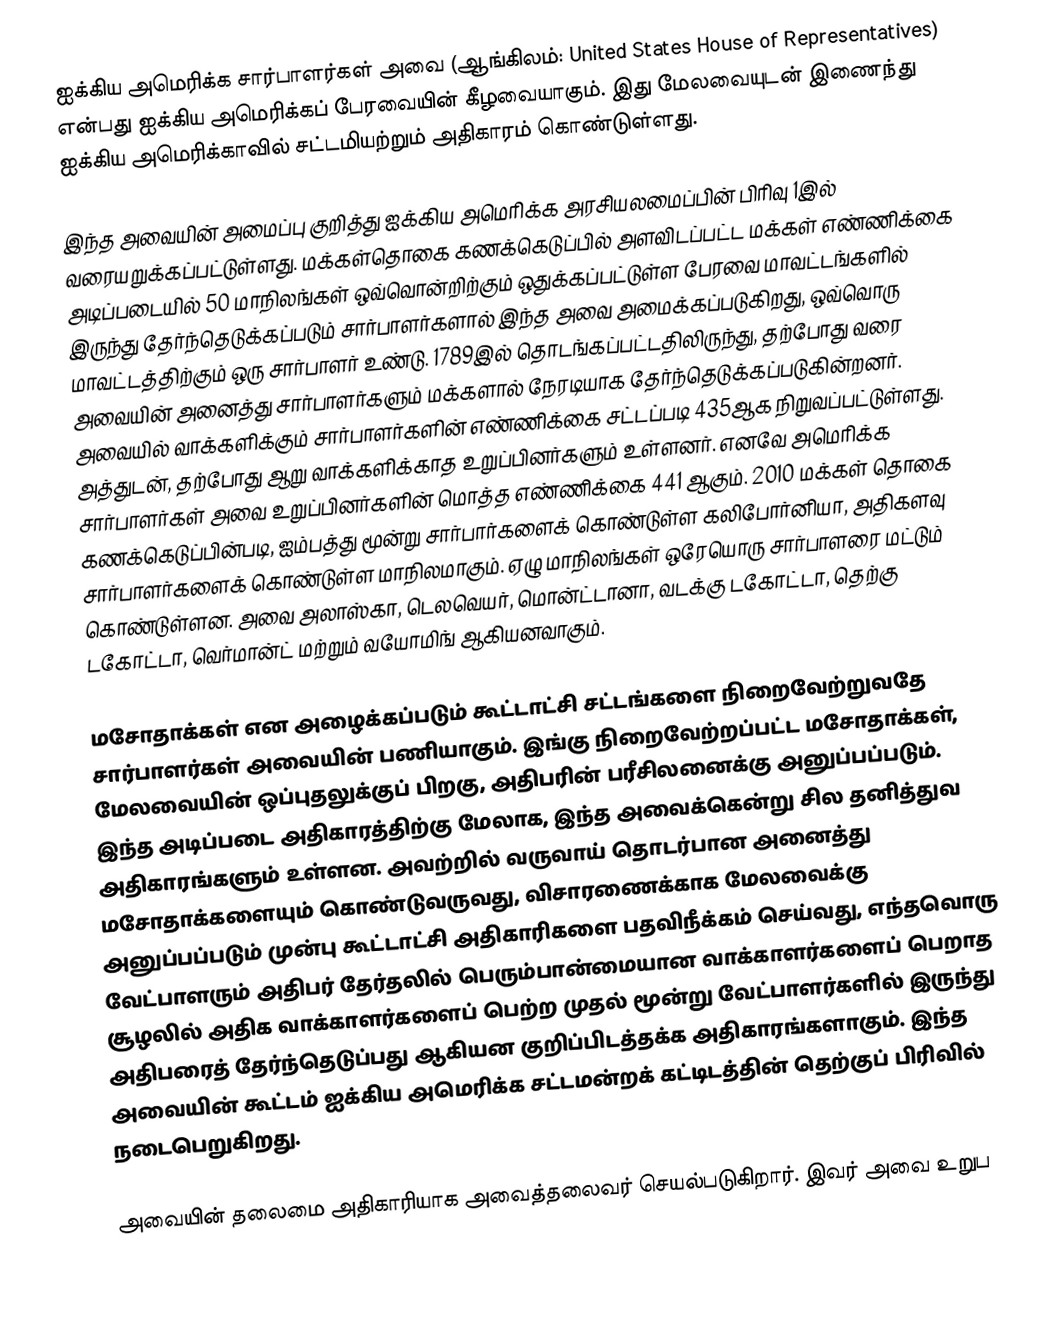
ஐக்கிய அமெரிக்க சார்பாளர்கள் அவை (ஆங்கிலம்: United States House of Representatives) என்பது ஐக்கிய அமெரிக்கப் பேரவையின் கீழவையாகும். இது மேலவையுடன் இணைந்து ஐக்கிய அமெரிக்காவில் சட்டமியற்றும் அதிகாரம் கொண்டுள்ளது.

இந்த அவையின் அமைப்பு குறித்து ஐக்கிய அமெரிக்க அரசியலமைப்பின் பிரிவு 1இல் வரையறுக்கப்பட்டுள்ளது. மக்கள்தொகை கணக்கெடுப்பில் அளவிடப்பட்ட மக்கள் எண்ணிக்கை அடிப்படையில் 50 மாநிலங்கள் ஒவ்வொன்றிற்கும் ஒதுக்கப்பட்டுள்ள பேரவை மாவட்டங்களில் இருந்து தேர்ந்தெடுக்கப்படும் சார்பாளர்களால் இந்த அவை அமைக்கப்படுகிறது, ஒவ்வொரு மாவட்டத்திற்கும் ஒரு சார்பாளர் உண்டு. 1789இல்  தொடங்கப்பட்டதிலிருந்து, தற்போது வரை அவையின் அனைத்து சார்பாளர்களும் மக்களால் நேரடியாக தேர்ந்தெடுக்கப்படுகின்றனர். அவையில் வாக்களிக்கும் சார்பாளர்களின் எண்ணிக்கை சட்டப்படி 435ஆக நிறுவப்பட்டுள்ளது. அத்துடன், தற்போது ஆறு வாக்களிக்காத உறுப்பினர்களும் உள்ளனர். எனவே அமெரிக்க சார்பாளர்கள் அவை உறுப்பினர்களின் மொத்த எண்ணிக்கை 441 ஆகும். 2010 மக்கள் தொகை கணக்கெடுப்பின்படி, ஐம்பத்து மூன்று சார்பார்களைக் கொண்டுள்ள கலிபோர்னியா, அதிகளவு சார்பாளர்களைக் கொண்டுள்ள மாநிலமாகும். ஏழு மாநிலங்கள் ஒரேயொரு சார்பாளரை மட்டும் கொண்டுள்ளன. அவை அலாஸ்கா, டெலவெயர், மொன்ட்டானா, வடக்கு டகோட்டா, தெற்கு டகோட்டா, வெர்மான்ட் மற்றும் வயோமிங் ஆகியனவாகும்.

மசோதாக்கள் என அழைக்கப்படும் கூட்டாட்சி சட்டங்களை நிறைவேற்றுவதே சார்பாளர்கள் அவையின் பணியாகும். இங்கு நிறைவேற்றப்பட்ட மசோதாக்கள், மேலவையின் ஒப்புதலுக்குப் பிறகு, அதிபரின் பரீசிலனைக்கு அனுப்பப்படும். இந்த அடிப்படை அதிகாரத்திற்கு மேலாக, இந்த அவைக்கென்று சில தனித்துவ அதிகாரங்களும் உள்ளன. அவற்றில் வருவாய் தொடர்பான அனைத்து மசோதாக்களையும் கொண்டுவருவது, விசாரணைக்காக மேலவைக்கு அனுப்பப்படும் முன்பு கூட்டாட்சி அதிகாரிகளை பதவிநீக்கம் செய்வது, எந்தவொரு வேட்பாளரும் அதிபர் தேர்தலில் பெரும்பான்மையான வாக்காளர்களைப் பெறாத சூழலில் அதிக வாக்காளர்களைப் பெற்ற முதல் மூன்று வேட்பாளர்களில் இருந்து அதிபரைத் தேர்ந்தெடுப்பது ஆகியன குறிப்பிடத்தக்க அதிகாரங்களாகும்.  இந்த அவையின் கூட்டம் ஐக்கிய அமெரிக்க சட்டமன்றக் கட்டிடத்தின் தெற்குப் பிரிவில் நடைபெறுகிறது.

அவையின் தலைமை அதிகாரியாக அவைத்தலைவர் செயல்படுகிறார். இவர் அவை உறுப